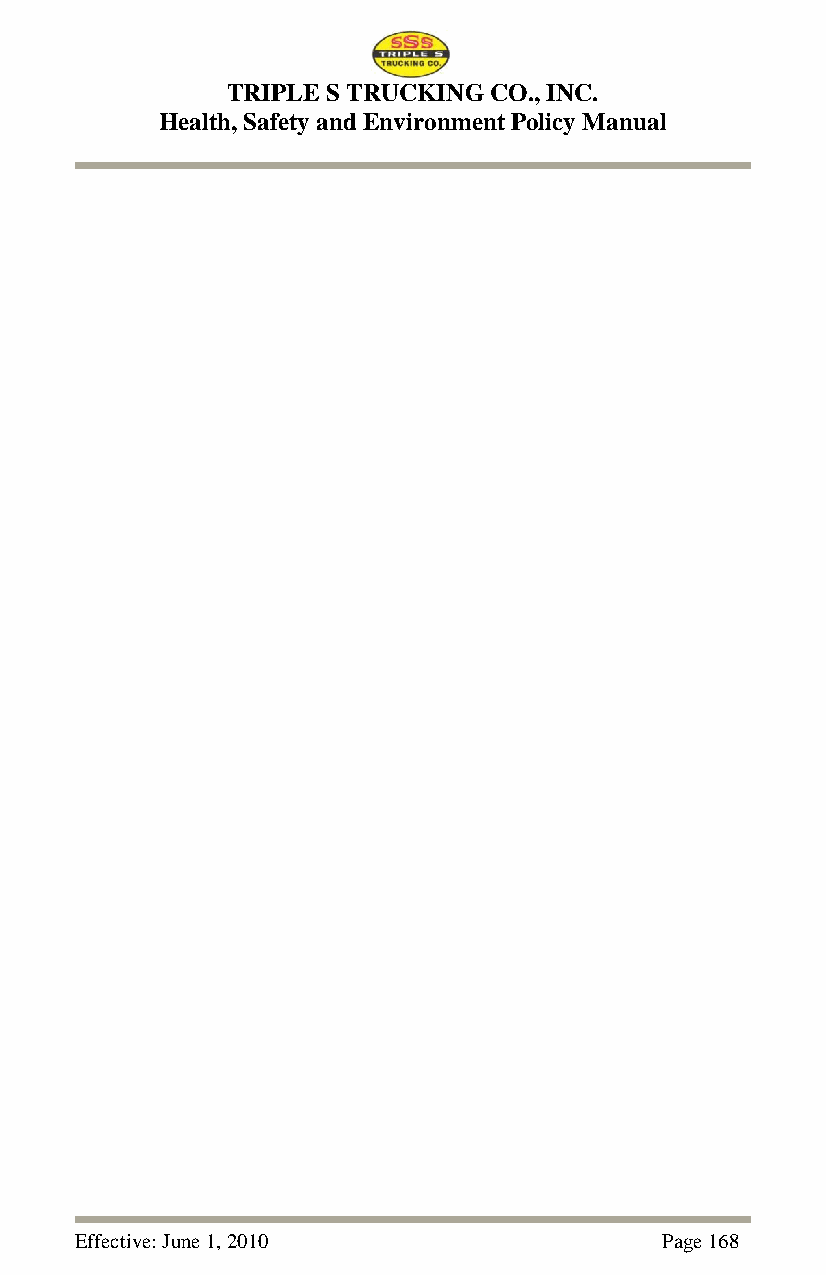
TRIPLE S TRUCKING CO., INC.
 Health, Safety and Environment Policy Manual
 Effective: June 1, 2010                Page 168